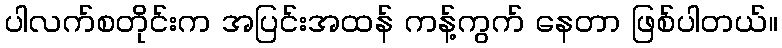
ပါလက်စတိုင်းက အပြင်းအထန် ကန့်ကွက် နေတာ ဖြစ်ပါတယ်။